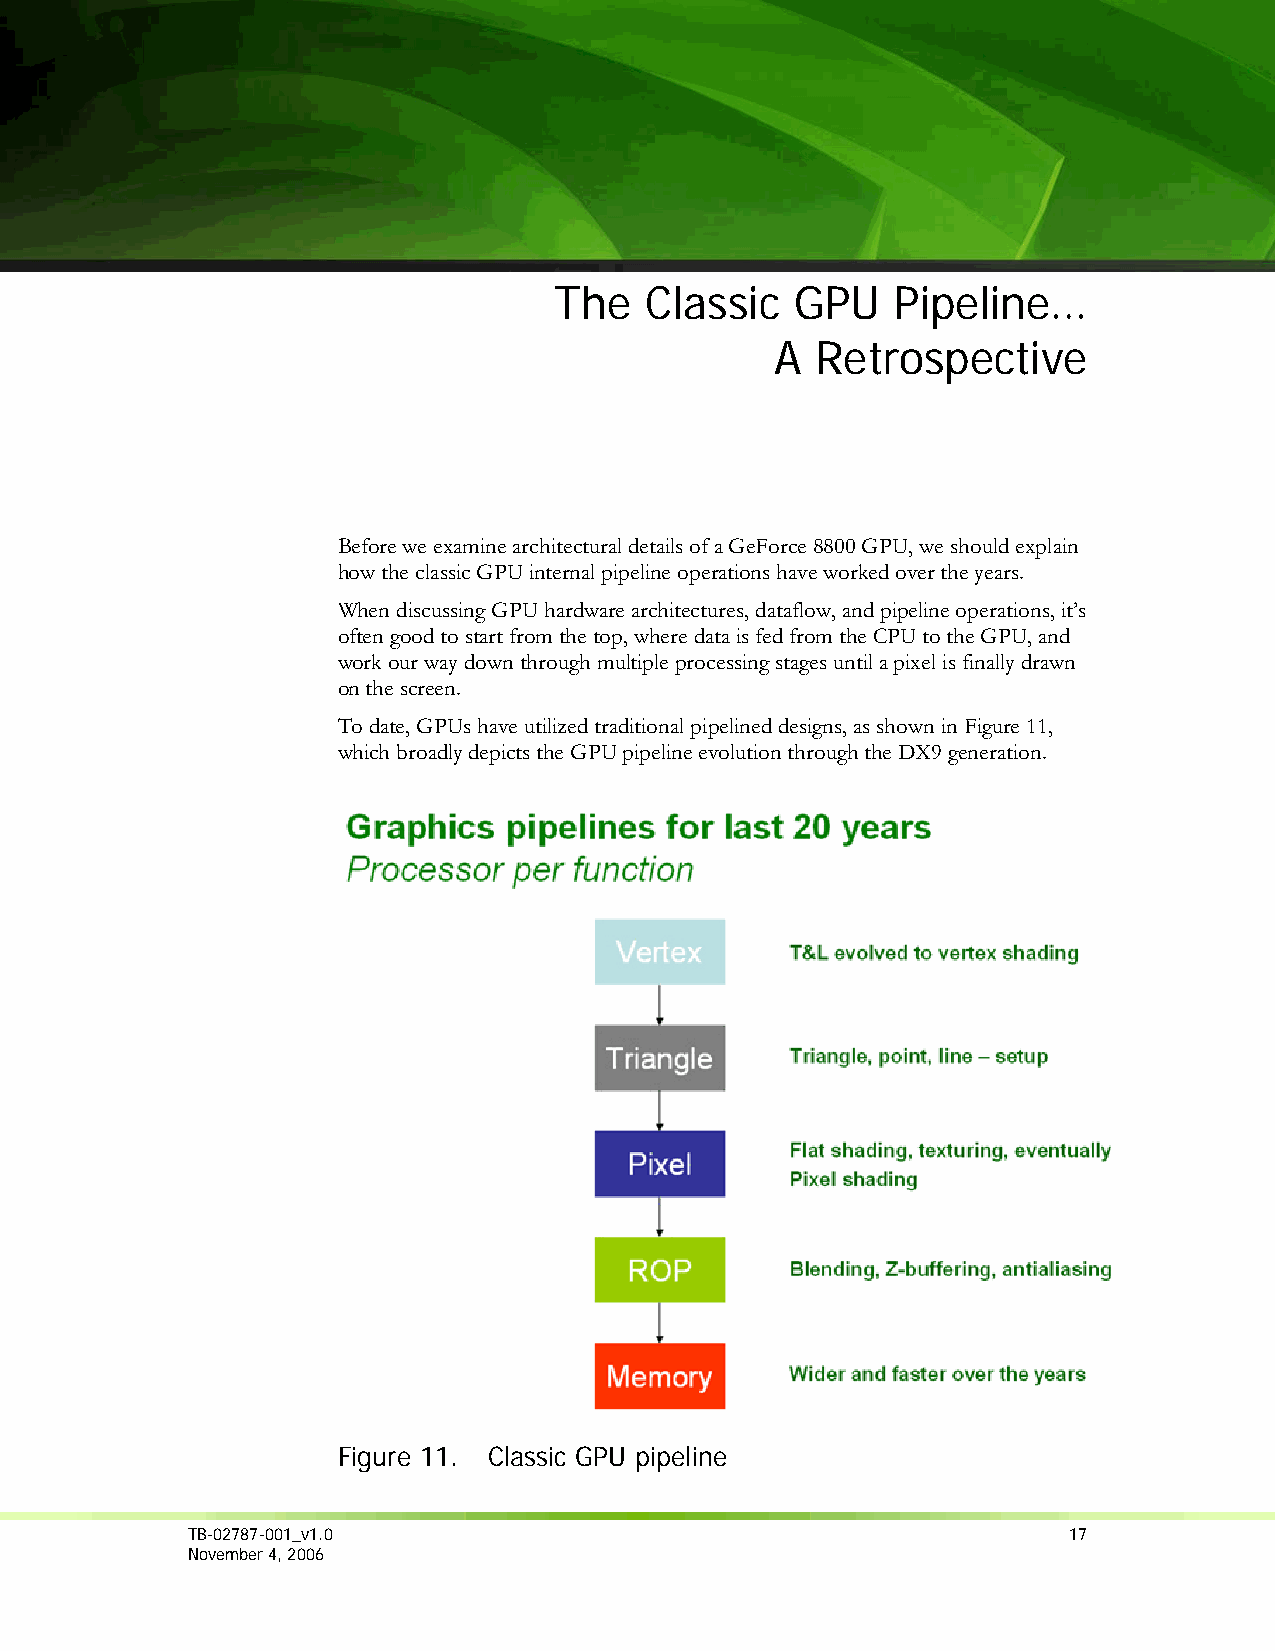
The   Classic   GPU   Pipeline…
 A  Retrospective
 Before we examine architectural details of a GeForce 8800 GPU, we should explain
 how the classic GPU internal pipeline operations have worked over the years.
 When discussing GPU hardware architectures, dataflow, and pipeline operations, it’s
 often good to start from the top, where data is fed from the CPU to the GPU, and
 work our way down through multiple processing stages until a pixel is finally drawn
 on the screen.
 To date, GPUs have utilized traditional pipelined designs, as shown in Figure 11,
 which broadly depicts the GPU pipeline evolution through the DX9 generation.
 Figure 11. Classic GPU pipeline
 TB-02787-001_v1.0                                          17
 November 4, 2006